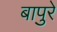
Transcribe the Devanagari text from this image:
बापुरे